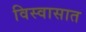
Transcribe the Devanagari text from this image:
विस्वासात